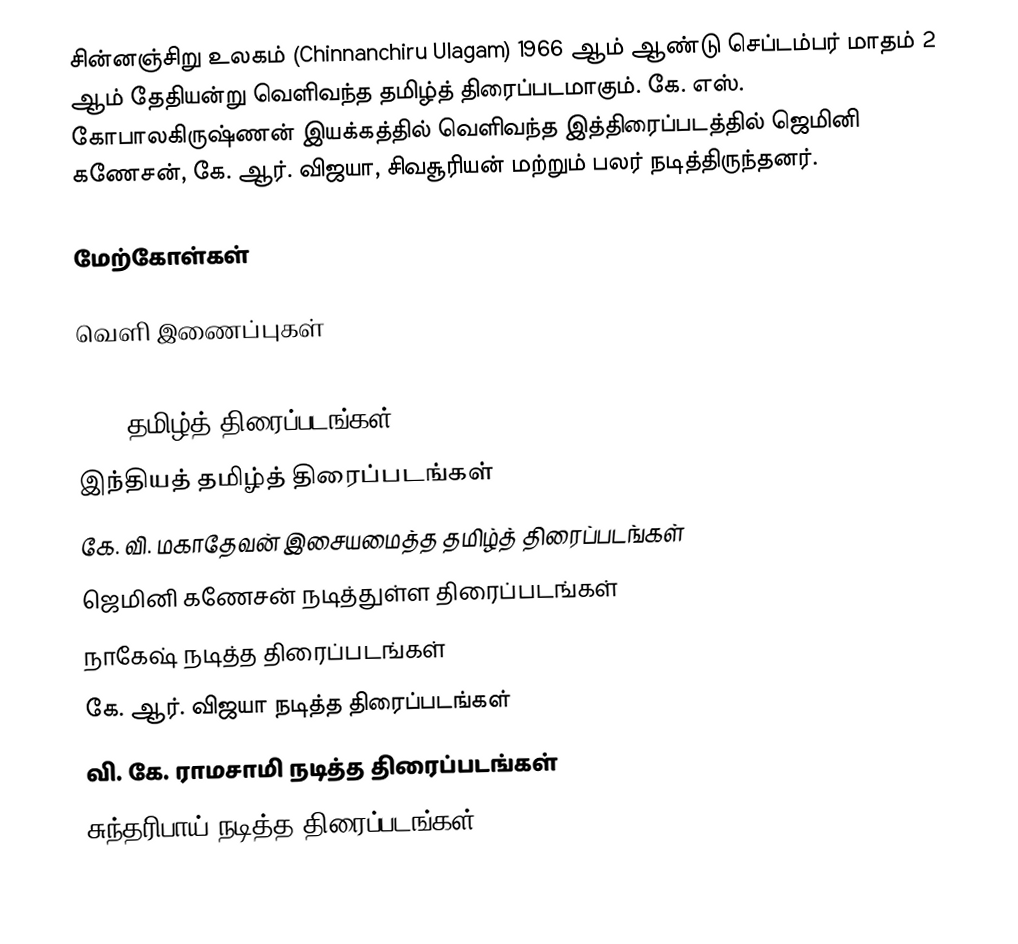
சின்னஞ்சிறு உலகம் (Chinnanchiru Ulagam) 1966 ஆம் ஆண்டு செப்டம்பர் மாதம் 2 ஆம் தேதியன்று வெளிவந்த தமிழ்த் திரைப்படமாகும். கே. எஸ். கோபாலகிருஷ்ணன் இயக்கத்தில் வெளிவந்த இத்திரைப்படத்தில் ஜெமினி கணேசன், கே. ஆர். விஜயா, சிவசூரியன்  மற்றும் பலர் நடித்திருந்தனர்.

மேற்கோள்கள்

வெளி இணைப்புகள்

1966 தமிழ்த் திரைப்படங்கள்
இந்தியத் தமிழ்த் திரைப்படங்கள்
கே. வி. மகாதேவன் இசையமைத்த தமிழ்த் திரைப்படங்கள்
ஜெமினி கணேசன் நடித்துள்ள திரைப்படங்கள்
நாகேஷ் நடித்த திரைப்படங்கள்
கே. ஆர். விஜயா நடித்த திரைப்படங்கள்
வி. கே. ராமசாமி நடித்த திரைப்படங்கள்
சுந்தரிபாய் நடித்த திரைப்படங்கள்